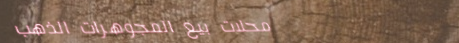
محلات بيع المجوهرات الذهب